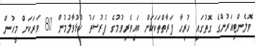
ވޮލެންޓިއަރުންގެ ގޮތުގައި ހުރިހާ ފަރާތްތަކަކަށް ބައިވެރިވުމުގެ ފުރުސަތު ހުޅުވާލުމުން 80 ވަރަކަށް މީހުން